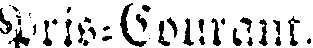
Pris-Courant.